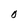
Character: O